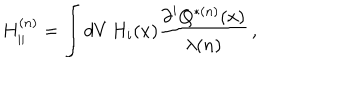
LaTeX: H _ { | | } ^ { ( n ) } = \int d V \, H _ { i } ( x ) \frac { { \partial } ^ { i } Q ^ { * ( n ) } ( x ) } { \lambda ( n ) } \, ,